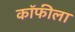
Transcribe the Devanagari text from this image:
कॉफीला